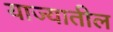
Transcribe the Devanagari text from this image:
याज्यातील